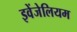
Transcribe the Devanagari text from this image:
इवेंजेलियम